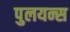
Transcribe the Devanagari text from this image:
पुलयन्स